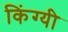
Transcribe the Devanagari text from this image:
किंग्यी